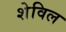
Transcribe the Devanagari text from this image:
शेविल